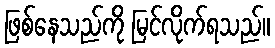
ဖြစ်နေသည်ကို မြင်လိုက်ရသည်။